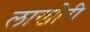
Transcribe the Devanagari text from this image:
लाखौरी